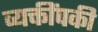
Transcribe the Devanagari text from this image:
व्यक्तींपकी